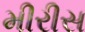
મીરીસ